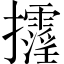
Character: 𢺓